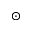
\odot